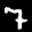
Label: 7